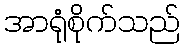
အာရုံစိုက်သည်